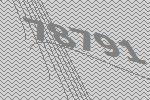
78791